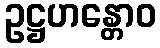
ဥဋ္ဌဟန္တောဝ